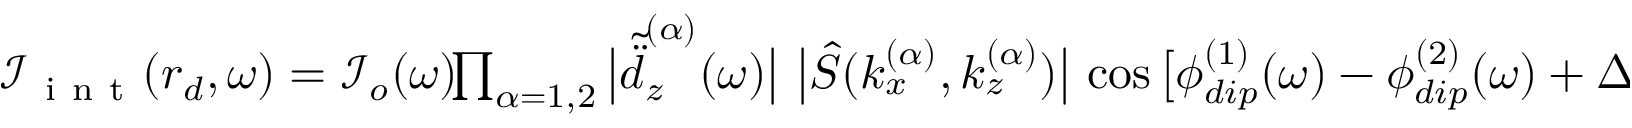
\begin{array} { r } { \boldsymbol { \mathcal { I } } _ { \mathrm { ~ i ~ n ~ t ~ } } ( \boldsymbol { r } _ { d } , \omega ) = \boldsymbol { \mathcal { I } } _ { o } ( \omega ) \! \! \prod _ { \alpha = 1 , 2 } \big | \tilde { \ddot { d } } _ { z } ^ { ( \alpha ) } ( \omega ) \big | \, \, \big | \hat { S } ( k _ { x } ^ { ( \alpha ) } , k _ { z } ^ { ( \alpha ) } ) \big | \, \cos \big [ \phi _ { d i p } ^ { ( 1 ) } ( \omega ) - \phi _ { d i p } ^ { ( 2 ) } ( \omega ) + \Delta \theta _ { \mathrm { ~ o ~ p ~ t ~ } } ( \boldsymbol { r } _ { d } , \omega ) \big ] \, , } \end{array}